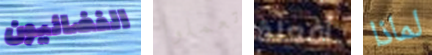
الفضائيون تعملوا أفعلة لماذا